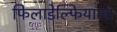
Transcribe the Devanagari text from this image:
फिलाडेल्फियाला